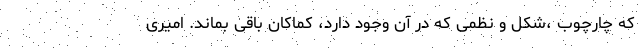
که چارچوب ،شکل و نظمی که در آن وجود دارد، کماکان باقی بماند. امیری